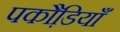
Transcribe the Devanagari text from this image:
पकौडि़याँ